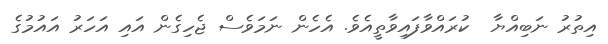
އިތުރު ނަބިއްޔާ  ކުރައްވާފައިވާތީއެވެ. އެހެން ނަމަވެސް ޖެހިގެން އައި އަހަރު އައުމުގެ